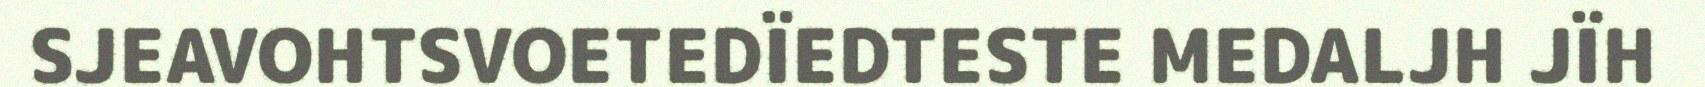
SJEAVOHTSVOETEDÏEDTESTE MEDALJH JÏH